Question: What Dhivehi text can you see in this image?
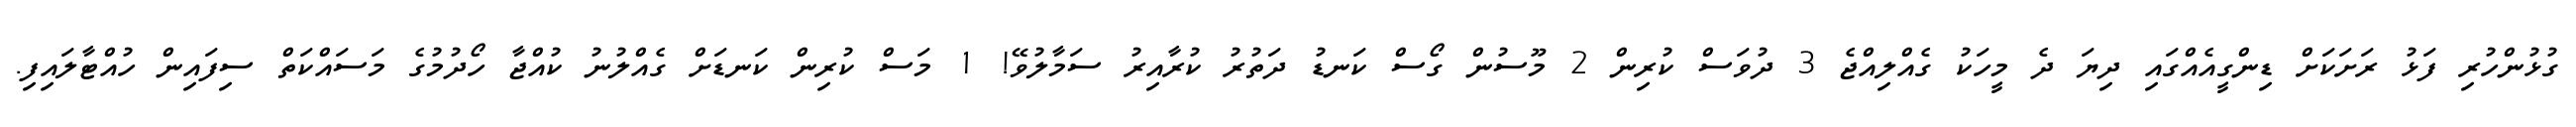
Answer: ގުޅުންހުރި ފަޅު ރަށަކަށް ޑިންގީއެއްގައި ދިޔަ ދެ މީހަކު ގެއްލިއްޖެ 3 ދުވަސް ކުރިން 2 މޫސުން ގޯސް ކަނޑު ދަތުރު ކުރާއިރު ސަމާލުވޭ! 1 މަސް ކުރިން ކަނޑަށް ގެއްލުނު ކުއްޖާ ހޯދުމުގެ މަސައްކަތް ސިފައިން ހުއްޓާލައިފި.